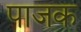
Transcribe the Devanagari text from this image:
पाजक